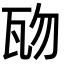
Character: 𤬱